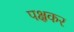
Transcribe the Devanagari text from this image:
पक्षकर